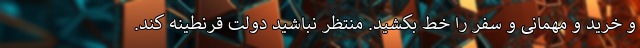
و خرید و مهمانی و سفر را خط بکشید. منتظر نباشید دولت قرنطینه کند.